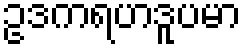
ဥဒကရဟဒူပမာ